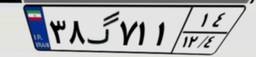
۳۸گ۷۱۱۱۴